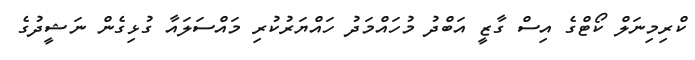
ކްރިމިނަލް ކޯޓްގެ އިސް ގާޒީ އަބްދު މުހައްމަދު ހައްޔަރުކުރި މައްސަލައާ ގުޅިގެން ނަޝީދުގެ